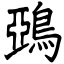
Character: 鵶